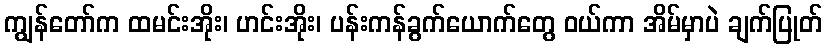
ကျွန်တော်က ထမင်းအိုး၊ ဟင်းအိုး၊ ပန်းကန်ခွက်ယောက်တွေ ဝယ်ကာ အိမ်မှာပဲ ချက်ပြုတ်